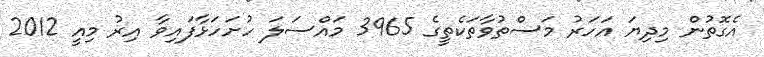
އެގޮތުން މިދިޔަ އަހަރު މަސްތުވާތަކެތީގެ 3965 މައްސަލަ ހުށަހަޅާފައިވާ އިރު މިއީ 2012